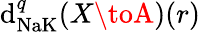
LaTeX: \mathrm{d}_{\textrm{{NaK}}}^{q}(X\toA)(r)